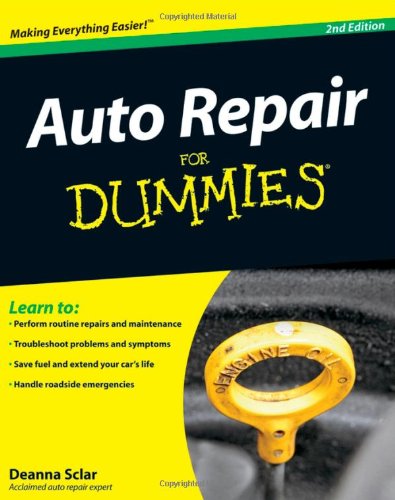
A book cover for Auto Repair For Dummies; Deanna Sclar; Engineering & Transportation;